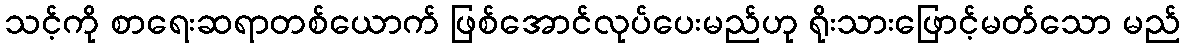
သင့်ကို စာရေးဆရာတစ်ယောက် ဖြစ်အောင်လုပ်ပေးမည်ဟု ရိုးသားဖြောင့်မတ်သော မည်